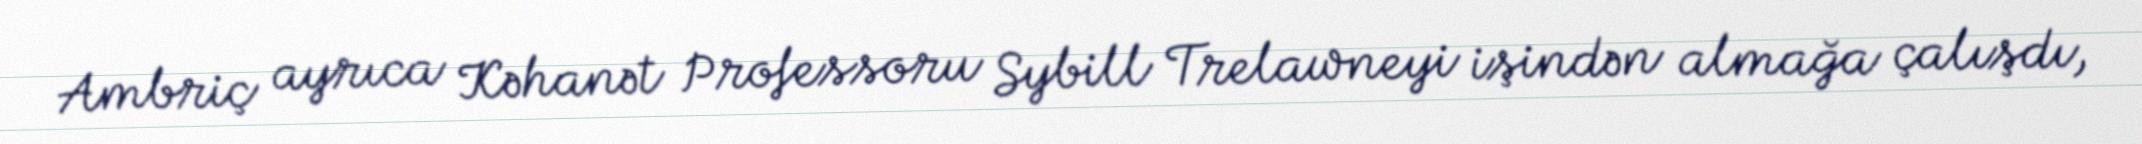
Ambriç ayrıca Kəhanət Professoru Sybill Trelawneyi işindən almağa çalışdı,